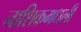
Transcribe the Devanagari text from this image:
नाशिकमधली